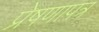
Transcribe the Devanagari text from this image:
प्रेषणापत्र